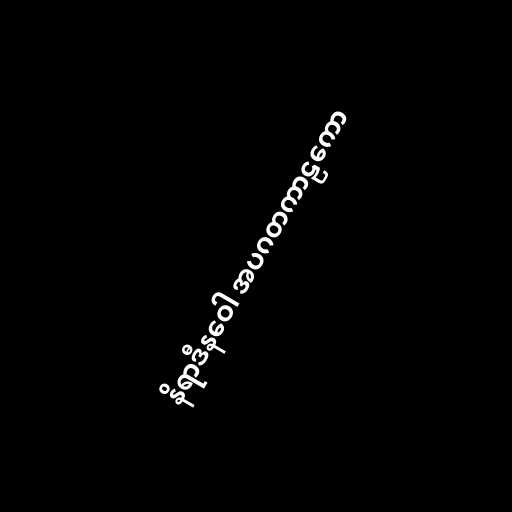
နိရာဒီနဝေါ အပဂတကာဠကော